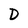
Character: D